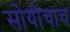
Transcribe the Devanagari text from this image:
सोयींचाच